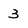
Character: 3